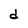
Character: d